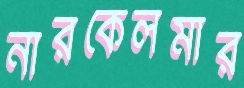
নারকেলমার